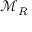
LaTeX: { \mathcal { M } } _ { R }